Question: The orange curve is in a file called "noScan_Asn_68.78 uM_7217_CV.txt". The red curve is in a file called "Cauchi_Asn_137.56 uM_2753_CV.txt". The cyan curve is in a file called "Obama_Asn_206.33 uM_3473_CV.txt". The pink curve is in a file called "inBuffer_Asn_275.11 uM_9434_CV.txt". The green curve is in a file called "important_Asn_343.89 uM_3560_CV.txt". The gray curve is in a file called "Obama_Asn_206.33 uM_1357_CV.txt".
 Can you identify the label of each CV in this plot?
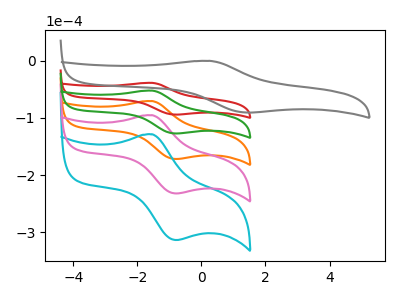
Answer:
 <answer>The orange curve is labeled "Asn, 68.78 uM". The red curve is labeled "Asn, 137.56 uM". The cyan curve is labeled "Asn, 206.33 uM". The pink curve is labeled "Asn, 275.11 uM". The green curve is labeled "Asn, 343.89 uM". The gray curve is labeled "Asn, 206.33 uM".</answer>
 <eval></eval>